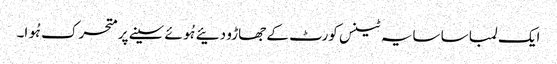
ایک لمبا سا سایہ ٹینس کورٹ کے جھاڑو دئیے ہُوئے سینے پر متحرک ہُوا۔